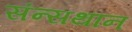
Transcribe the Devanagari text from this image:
संन्सथान